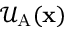
\mathcal { U } _ { \mathrm { A } } ( \mathbf { x } )